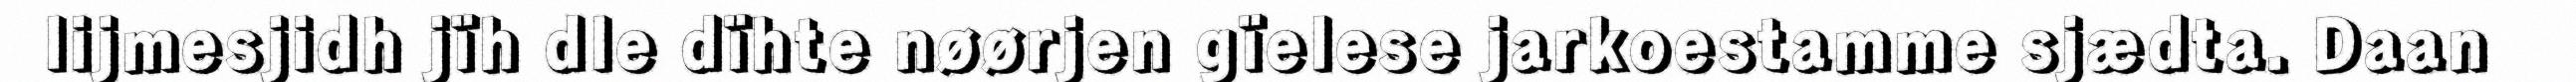
lijmesjidh jïh dle dïhte nøørjen gïelese jarkoestamme sjædta. Daan